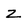
Character: Z